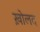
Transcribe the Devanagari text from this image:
ख़ोलद